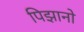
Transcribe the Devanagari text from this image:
पिझानो